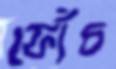
ফোঁচ